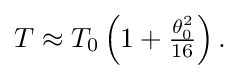
{\textstyle T\approx T_{0}\left(1+{\frac {\theta _{0}^{2}}{16}}\right).}